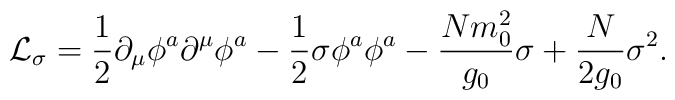
{\cal L}_{\sigma}={1 \over 2}\partial_{\mu} \phi^a\partial^{\mu}\phi^a-{1 \over 2}\sigma \phi^a\phi^a-{Nm_0^2 \over g_0}\sigma +{N \over 2g_0}\sigma^2.